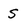
Character: S